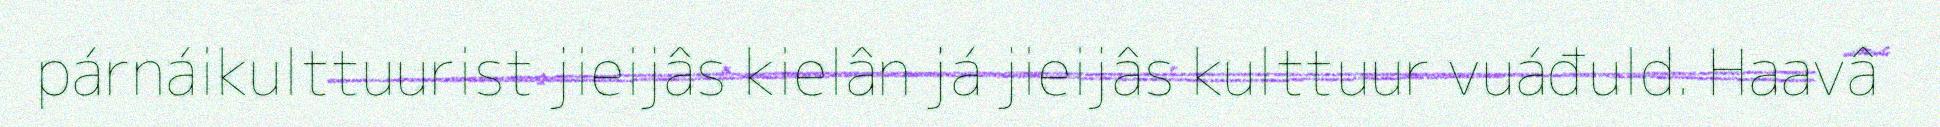
párnáikulttuurist jieijâs kielân já jieijâs kulttuur vuáđuld. Haavâ